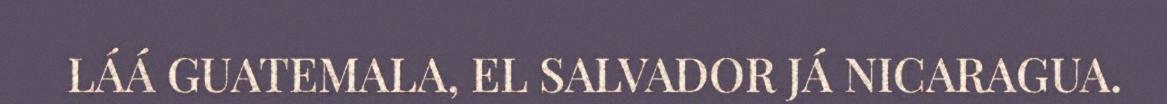
LÁÁ GUATEMALA, EL SALVADOR JÁ NICARAGUA.